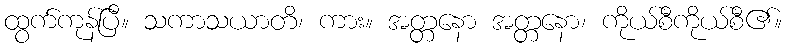
ထွက်ကုန်ပြီ။ သကာသယာတိ၊ ကား။ အတ္တနော အတ္တနော၊ ကိုယ်စီကိုယ်စီ၏။